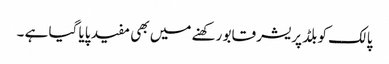
پالک کو بلڈ پریشر قابو رکھنے میں بھی مفید پایا گیا ہے ۔